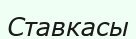
Ставкасы